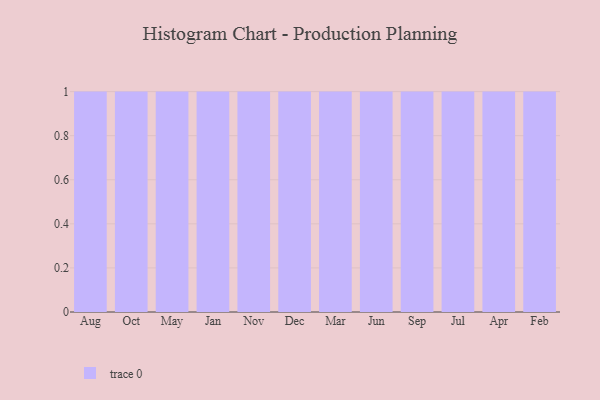
{"axis": {"x": "Month", "y": "Energy Usage (MWh)"}, "legend": [""], "data": [{"x": "Aug", "y": 95, "type": ""}, {"x": "Oct", "y": 8, "type": ""}, {"x": "May", "y": 19, "type": ""}, {"x": "Jan", "y": 13, "type": ""}, {"x": "Nov", "y": 22, "type": ""}, {"x": "Dec", "y": 20, "type": ""}, {"x": "Mar", "y": 42, "type": ""}, {"x": "Jun", "y": 10, "type": ""}, {"x": "Sep", "y": 71, "type": ""}, {"x": "Jul", "y": 58, "type": ""}, {"x": "Apr", "y": 23, "type": ""}, {"x": "Feb", "y": 60, "type": ""}]}